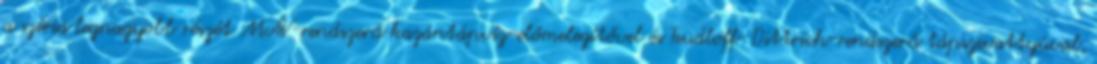
a széria legnagyobb részét MÁV-rendszerű kazántápvíz-előmelegítővel és Teudloff–Dittrich-rendszerű tápszivattyúval,